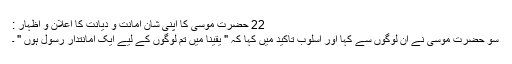
22 حضرت موسیٰ کا اپنی شان امانت و دیانت کا اِعلان و اِظہار :
سو حضرت موسیٰؑ نے ان لوگوں سے کہا اور اسلوبِ تاکید میں کہا کہ " یقینا میں تم لوگوں کے لیے ایک امانتدار رسول ہوں " ۔